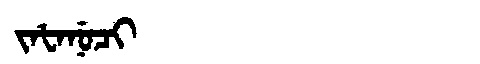
Manchu: ᠵᠠᡶᠠᠨᡠᠴᡳ
Romanization: JAFANUCI